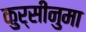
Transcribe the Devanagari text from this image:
कुर्सीनुमा